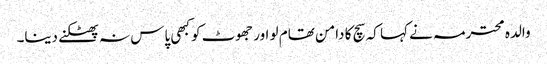
والدہ محترمہ نے کہا کہ سچ کا دامن تھام لو اور جھوٹ کو کبھی پاس نہ پھٹکنے دینا۔